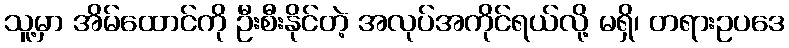
သူ့မှာ အိမ်ထောင်ကို ဦးစီးနိုင်တဲ့ အလုပ်အကိုင်ရယ်လို့ မရှိ၊ တရားဥပဒေ